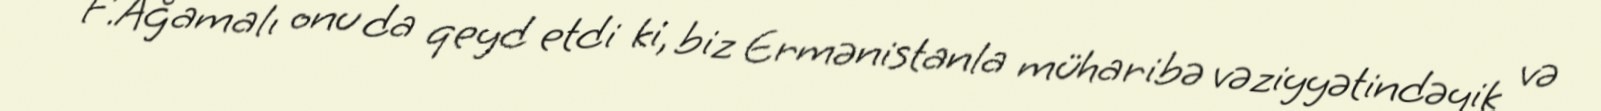
F.Ağamalı onu da qeyd etdi ki, biz Ermənistanla müharibə vəziyyətindəyik və